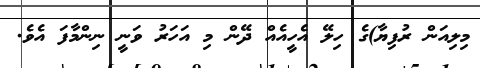
މިލިއަން ރުފިޔާ)ގެ ހިލޭ އެހީއެއް ދޭން މި އަހަރު ވަނީ ނިންމާފަ އެވެ.